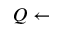
Q \gets